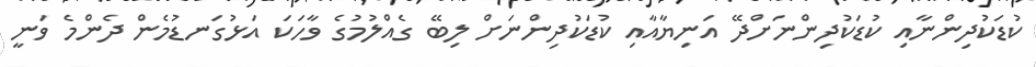
ކުޑަކުދިންނާއި ކުޑަކުދިންނަށްދޭ އަނިޔާއާއި ކުޑަކުދިންނަށް ލިބޭ ގެއްލުމުގެ ވާހަކަ އަޅުގަނޑުމެން ދެންމެ ވަނީ